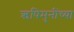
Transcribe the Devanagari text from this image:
ऋषिमुनींच्या